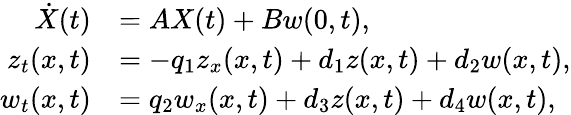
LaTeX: \begin{array}{rl}{\dot{X}(t)}&{=AX(t)+Bw(0,t),}\\ {{z_{t}}(x,t)}&{=-q_{1}{z_{x}}(x,t)+{d_{1}}z(x,t)+{d_{2}}w(x,t),}\\ {{w_{t}}(x,t)}&{=q_{2}{w_{x}}(x,t)+{d_{3}}z(x,t)+{d_{4}}w(x,t),}\end{array}